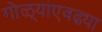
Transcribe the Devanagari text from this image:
गोळ्यांएवढ्या